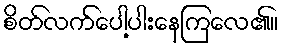
စိတ်လက်ပေါ့ပါးနေကြလေ၏။